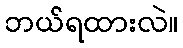
ဘယ်ရထားလဲ။